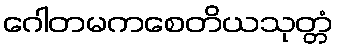
ဂေါတမကစေတိယသုတ္တံ